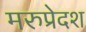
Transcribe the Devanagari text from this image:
मरुप्रेदश